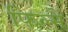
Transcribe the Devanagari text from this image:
फिल्मैं